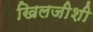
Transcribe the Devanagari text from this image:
खिलजीशी